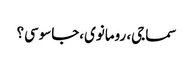
سماجی، رومانوی،جاسوسی؟